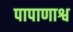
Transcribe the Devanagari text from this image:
पापाणाश्व